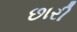
છારી